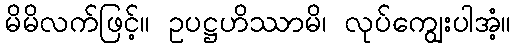
မိမိလက်ဖြင့်။ ဥပဋ္ဌဟိဿာမိ၊ လုပ်ကျွေးပါအံ့။